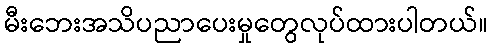
မီးဘေးအသိပညာပေးမှုတွေလုပ်ထားပါတယ်။